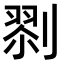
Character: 𠞨